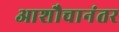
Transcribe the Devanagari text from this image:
आशौचानंतर